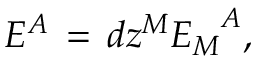
E ^ { A } \, = \, d z ^ { M } { { E _ { M } } ^ { A } } ,